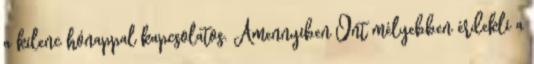
a kilenc hónappal kapcsolatos. Amennyiben Önt mélyebben érdekli a